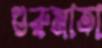
গুরুমাতা